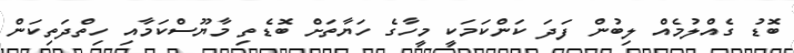
ބޮޑު ގެއްލުމެއް ލިބުން ފަދަ ކަންކަމަކީ މީހާގެ ހަޔާތަށް ބޮޑެތި މާޔޫސްކަމާއި ހިތްދަތިކަން